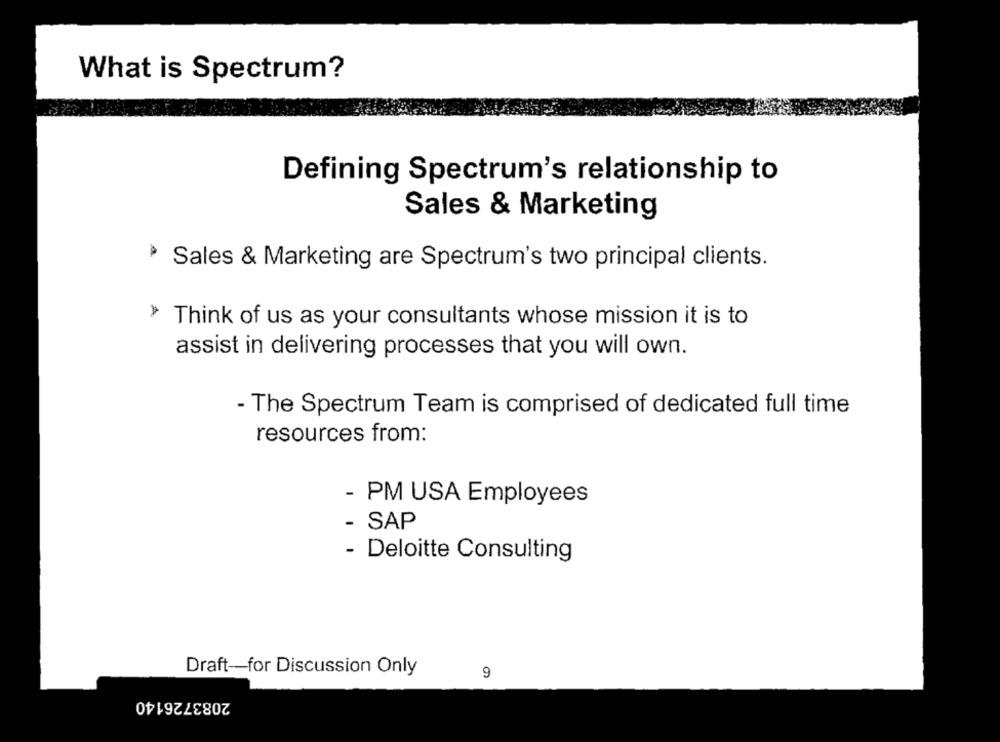
What is Spectrum?
Defining Spectrum's relationship to
Sales & Marketing
.
Sales & Marketing are Spectrum's two principal clients.
> Think of us as your consultants whose mission it is to
assist in delivering processes that you will own.
- The Spectrum Team is comprised of dedicated full time
resources from:
PM USA Employees
SAP
- Deloitte Consulting
Draft-for Discussion Only
9
2083726140